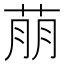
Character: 萠